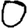
Digit: 0